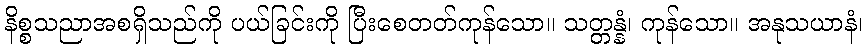
နိစ္စသညာအစရှိသည်ကို ပယ်ခြင်းကို ပြီးစေတတ်ကုန်သော။ သတ္တန္နံ၊ ကုန်သော။ အနုသယာနံ၊